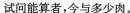
试问能算者，今与多少肉。